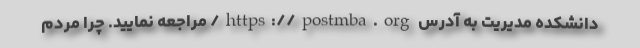
دانشکده مدیریت به آدرس https://postmba.org/ مراجعه نمایید. چرا مردم